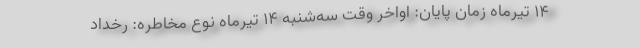
۱۴ تیرماه زمان پایان: اواخر وقت سه‌شنبه ۱۴ تیرماه نوع مخاطره: رخداد